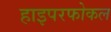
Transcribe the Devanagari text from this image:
हाइपरफोकल